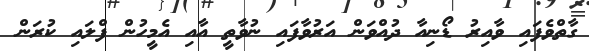
ގާތްވެފައި ވާއިރު ޑޯނިއާ ދުއްވަން އަރުވާފައި ނުވާތީ އާއި އެމީހުން ފްލައި ކުރަން